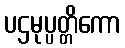
ပဌမုပ္ပတ္တိကော